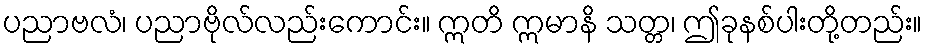
ပညာဗလံ၊ ပညာဗိုလ်လည်းကောင်း။ ဣတိ ဣမာနိ သတ္တ၊ ဤခုနစ်ပါးတို့တည်း။